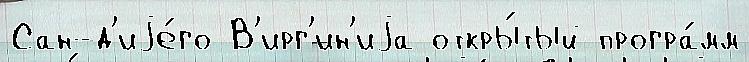
Сан-д'иjе́го В'ирг'ин'иjа откры́тый програ́мм